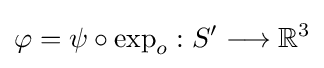
\varphi =\psi \circ \exp _{o}:S'\longrightarrow \mathbb {R} ^{3}